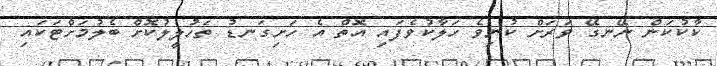
ކާކުކަން ނޭނގޭ ވަރަށް ކުނިވެ ހަލާކުވެފައި އޮތް އެ ހަށިގަނޑު ތަހުލީލުކޮށް ބެލުމަށްޓަކައި